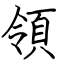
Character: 領